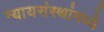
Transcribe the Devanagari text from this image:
न्यायसंस्थांमध्ये